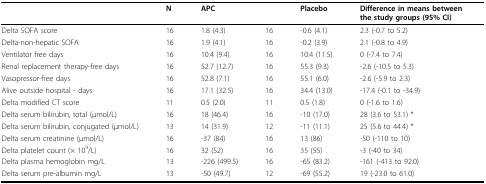
<table><thead><tr><td></td><td><b>N</b></td><td><b>APC</b></td><td></td><td><b>Placebo</b></td><td><b>Difference in means between the study groups (95% CI)</b></td></tr></thead><tbody><tr><td>Delta SOFA score</td><td>16</td><td>1.8 (4.3)</td><td>16</td><td>-0.6 (4.1)</td><td>2.3 (-0.7 to 5.2)</td></tr><tr><td>Delta-non-hepatic SOFA</td><td>16</td><td>1.9 (4.1)</td><td>16</td><td>-0.2 (3.9)</td><td>2.1 (-0.8 to 4.9)</td></tr><tr><td>Ventilator free days</td><td>16</td><td>10.4 (9.4)</td><td>16</td><td>10.4 (11.5)</td><td>0 (-7.4 to 7.4)</td></tr><tr><td>Renal replacement therapy-free days</td><td>16</td><td>52.7 (12.7)</td><td>16</td><td>55.3 (9.3)</td><td>-2.6 (-10.5 to 5.3)</td></tr><tr><td>Vasopressor-free days</td><td>16</td><td>52.8 (7.1)</td><td>16</td><td>55.1 (6.0)</td><td>-2.6 (-5.9 to 2.3)</td></tr><tr><td>Alive outside hospital - days</td><td>16</td><td>17.1 (32.5)</td><td>16</td><td>34.4 (13.0)</td><td>-17.4 (-0.1 to -34.9)</td></tr><tr><td>Delta modified CT score</td><td>11</td><td>0.5 (2.0)</td><td>11</td><td>0.5 (1.8)</td><td>0 (-1.6 to 1.6)</td></tr><tr><td>Delta serum bilirubin, total (μmol/L)</td><td>16</td><td>18 (46.4)</td><td>16</td><td>-10 (17.0)</td><td>28 (3.6 to 53.1) *</td></tr><tr><td>Delta serum bilirubin, conjugated (μmol/L)</td><td>13</td><td>14 (31.9)</td><td>12</td><td>-11 (11.1)</td><td>25 (5.6 to 44.4) *</td></tr><tr><td>Delta serum creatinine (μmol/L)</td><td>16</td><td>-37 (84)</td><td>16</td><td>13 (86)</td><td>-50 (-110 to 10)</td></tr><tr><td>Delta platelet count (× 10<sup>9</sup>/L)</td><td>16</td><td>32 (52)</td><td>16</td><td>35 (55)</td><td>-3 (-40 to 34)</td></tr><tr><td>Delta plasma hemoglobin mg/L</td><td>13</td><td>-226 (499.5)</td><td>16</td><td>-65 (83.2)</td><td>-161 (-413 to 92.0)</td></tr><tr><td>Delta serum pre-albumin mg/L</td><td>13</td><td>-50 (49.7)</td><td>12</td><td>-69 (55.2)</td><td>19 (-23.0 to 61.0)</td></tr></tbody></table>